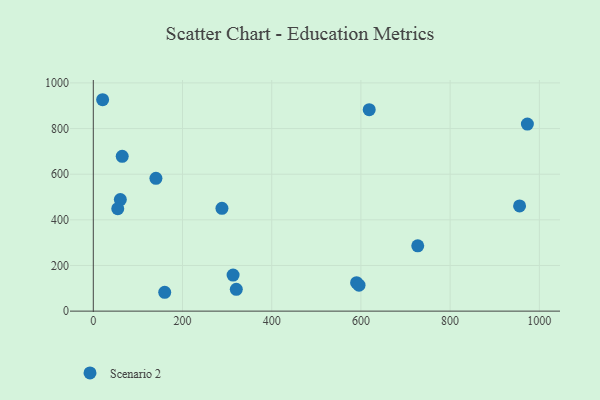
{"axis": {"x": "Engine Size", "y": "Rating"}, "legend": ["Scenario 2"], "data": [{"x": "60.6", "y": 488.7, "type": "Scenario 2"}, {"x": "955.7", "y": 460.8, "type": "Scenario 2"}, {"x": "140.4", "y": 581.7, "type": "Scenario 2"}, {"x": "160.1", "y": 82.6, "type": "Scenario 2"}, {"x": "54.8", "y": 448.8, "type": "Scenario 2"}, {"x": "727.4", "y": 286.0, "type": "Scenario 2"}, {"x": "973.2", "y": 819.6, "type": "Scenario 2"}, {"x": "590.3", "y": 124.8, "type": "Scenario 2"}, {"x": "595.7", "y": 113.8, "type": "Scenario 2"}, {"x": "64.8", "y": 678.2, "type": "Scenario 2"}, {"x": "20.9", "y": 926.3, "type": "Scenario 2"}, {"x": "618.6", "y": 882.8, "type": "Scenario 2"}, {"x": "320.6", "y": 95.4, "type": "Scenario 2"}, {"x": "313.4", "y": 158.1, "type": "Scenario 2"}, {"x": "288.4", "y": 450.3, "type": "Scenario 2"}]}